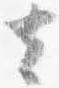
去